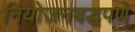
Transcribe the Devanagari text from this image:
नियोजनबद्धपणे